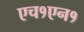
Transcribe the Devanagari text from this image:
एच१एन१